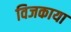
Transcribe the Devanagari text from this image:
विजकाया